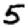
Digit: 5